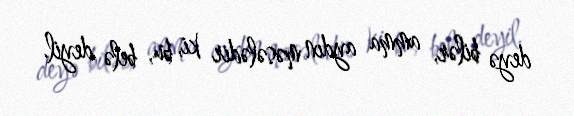
deyə bilər, amma aydın məsələdir ki, bu, belə deyil.